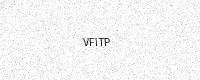
Text: VFITP